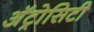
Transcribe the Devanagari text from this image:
अॅट्रोसिटी